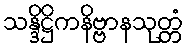
သန္ဒိဋ္ဌိကနိဗ္ဗာနသုတ္တံ